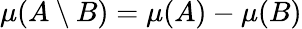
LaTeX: \mu(A\setminus B)=\mu(A)-\mu(B)